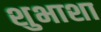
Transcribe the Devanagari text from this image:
शुभाशा